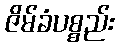
ဇိမ်ခံပစ္စည်း